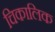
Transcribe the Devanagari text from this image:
चिकालिक